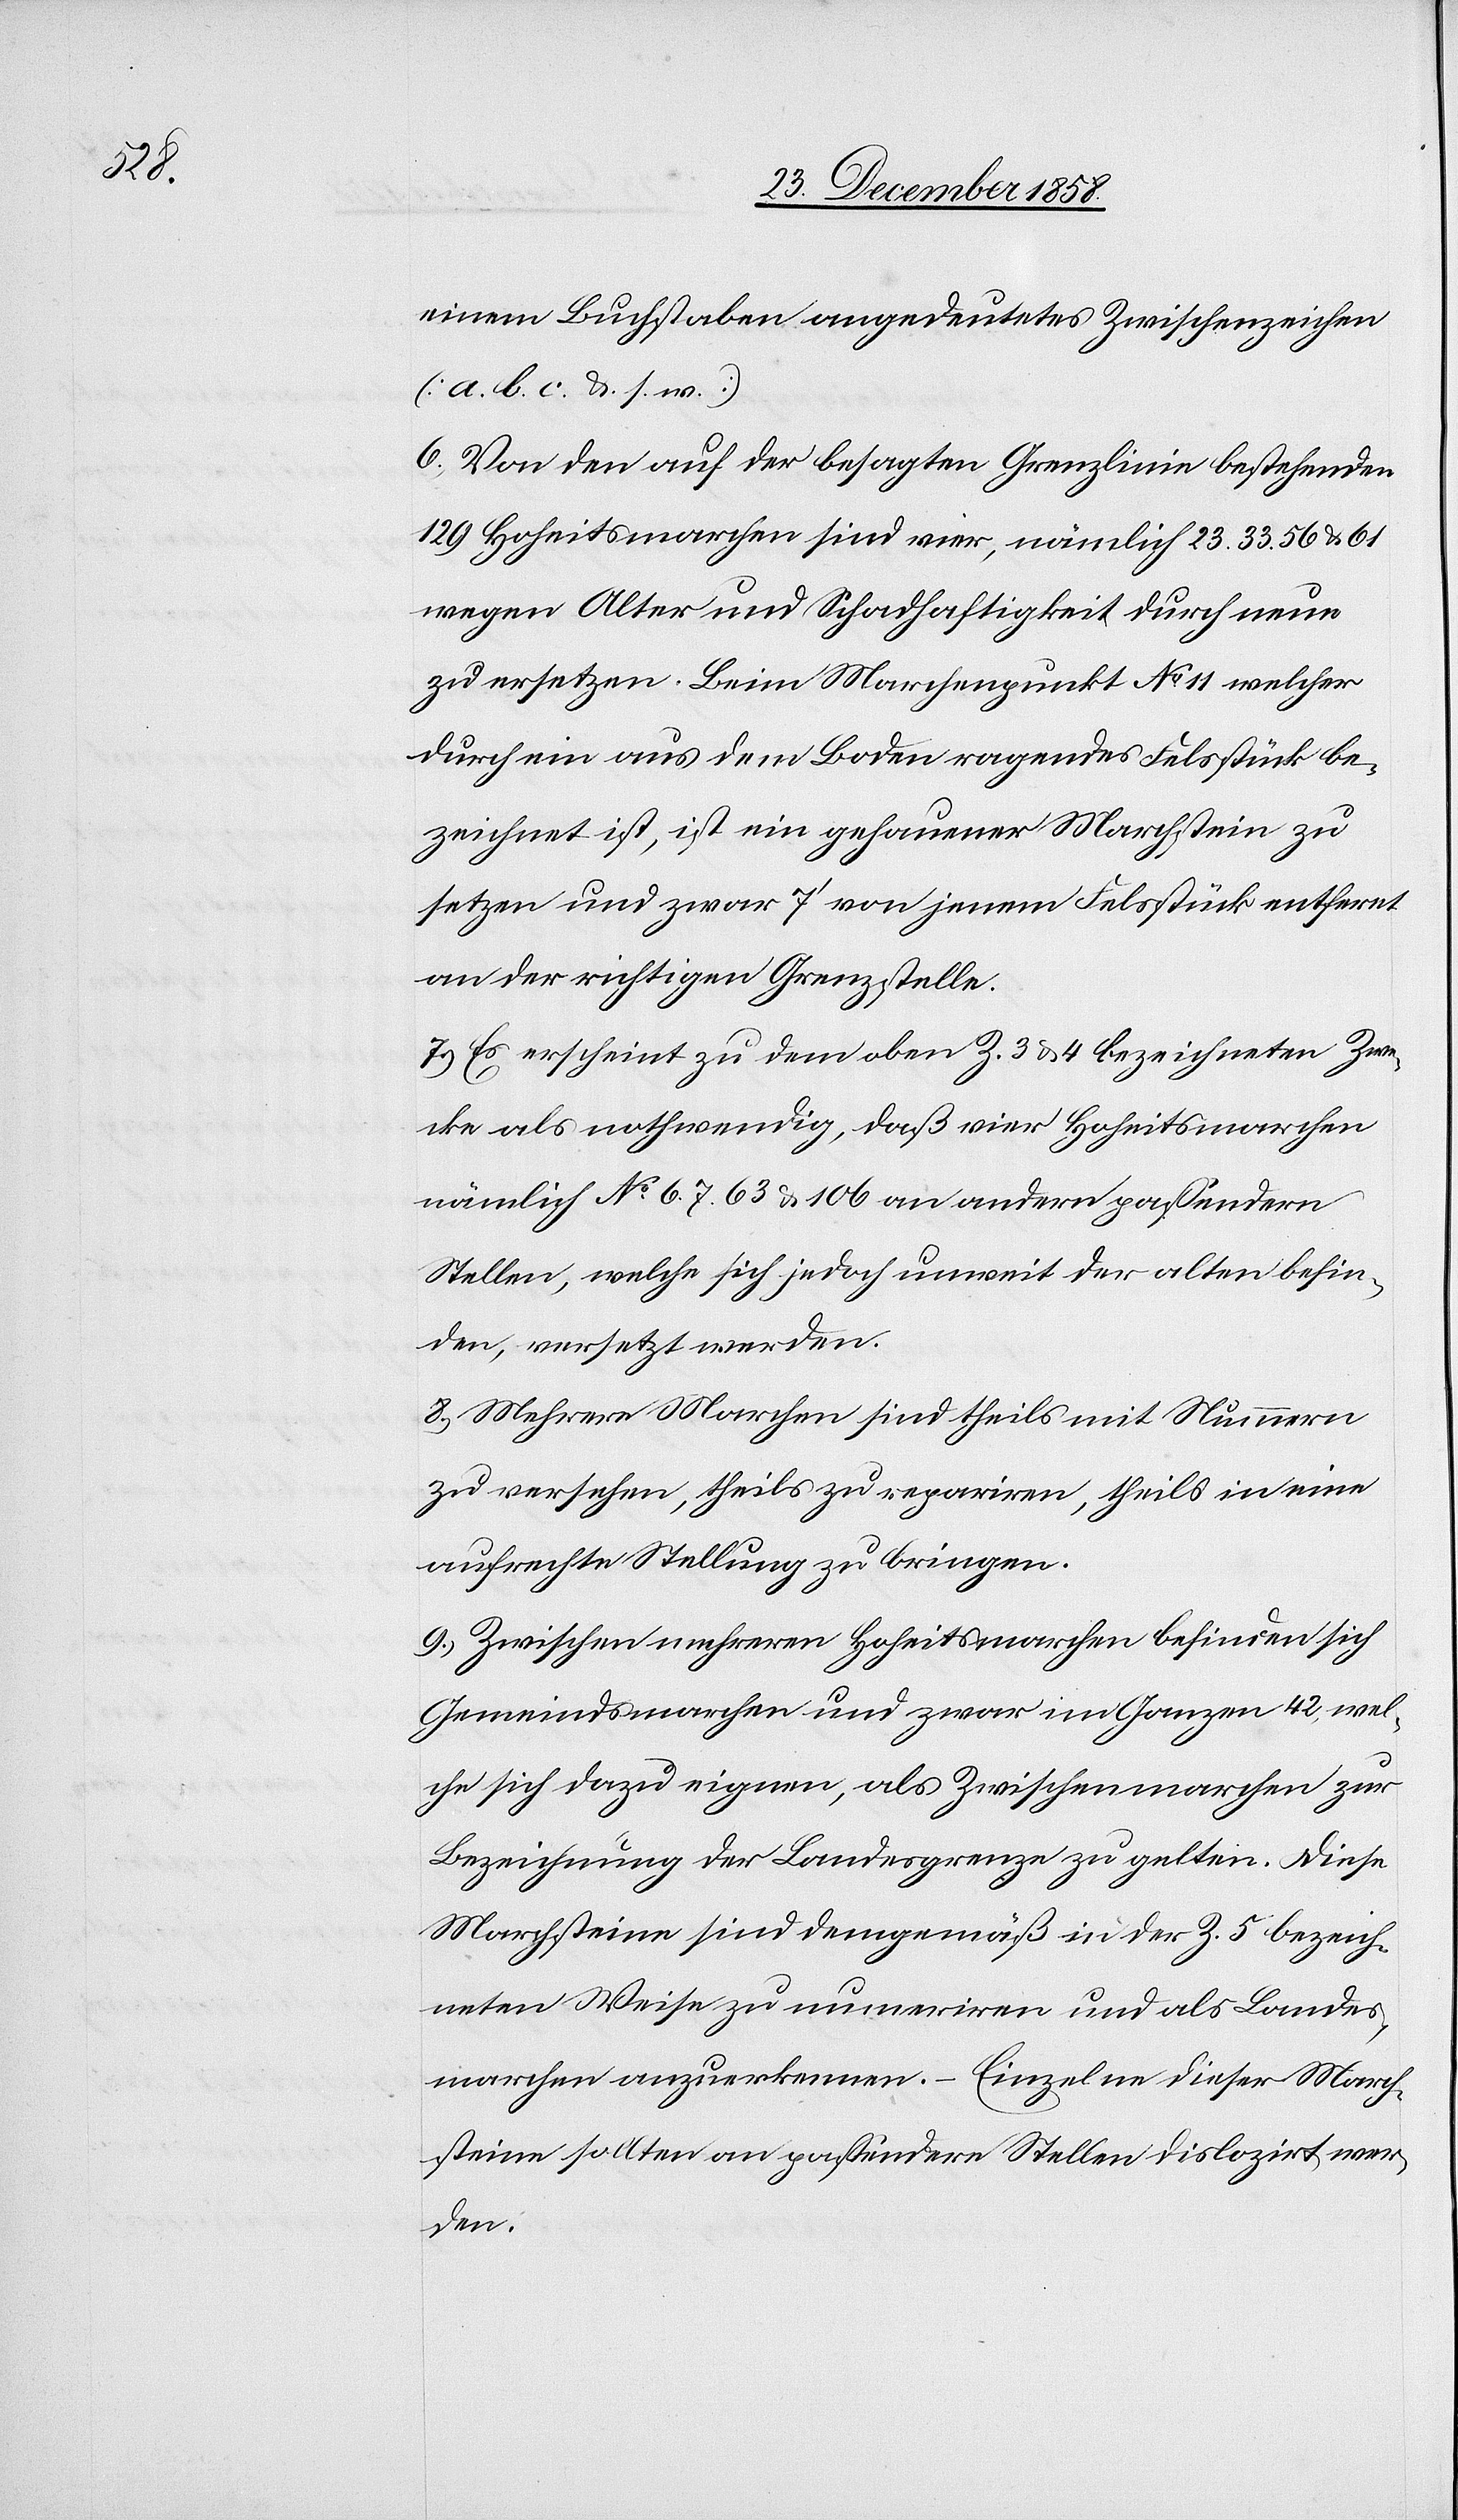
einem Buchstaben angedeutetes Zwischenzeichen
(a. b. c. &. s. w.)
6.) Von den auf der besagten Grenzlinie bestehenden
129 Hoheitsmarchen sind vier, nämlich 23. 33. 56 & 61
wegen Alter und Schadhaftigkeit durch neue
zu ersetzen. Beim Marchenpunkt No 11 welcher
durch ein aus dem Boden ragendes Felsstück be¬
zeichnet ist, ist ein gehauener Marchstein zu
setzen und zwar 7‘ von jenem Felsstück entfernt
an der richtigen Grenzstelle.
7.) Es erscheint zu dem oben Z. 3 & 4 bezeichneten Zwe¬
cke als nothwendig, daß vier Hoheitsmarchen
nämlich No 6. 7. 63 & 106 an andern passendern
Stellen, welche sich jedoch unweit der alten befin¬
den, versetzt werden.
8.) Mehrere Marchen sind theils mit Nummern
zu versehen, theils zu repariren, theils in eine
aufrechte Stellung zu bringen.
9.) Zwischen mehreren Hoheitsmarchen befinden sich
Gemeindsmarchen und zwar im Ganzen 42, wel¬
che sich dazu eignen, als Zwischenmarchen zur
Bezeichnung der Landesgrenze zu gelten. Diese
Marchsteine sind demgemäß in der Z. 5 bezeich¬
neten Weise zu num[m]eriren und als Landes¬
marchen anzuerkennen. – Einzelne dieser March¬
steine sollten an passendere Stellen dislozirt wer¬
den.